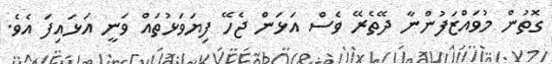
ގޮތުން މުވައްޒަފުންނާ ދޭތެރޭ ވެސް އަޅަން ޖެހޭ ފިޔަވަޅުތައް ވަނީ އަޅައިފަ އެވެ.